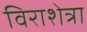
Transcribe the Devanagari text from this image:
विराशेत्रा